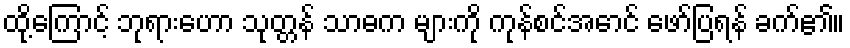
ထို့ကြောင့် ဘုရားဟော သုတ္တန် သာဓက များကို ကုန်စင်အောင် ဖော်ပြရန် ခက်၏။